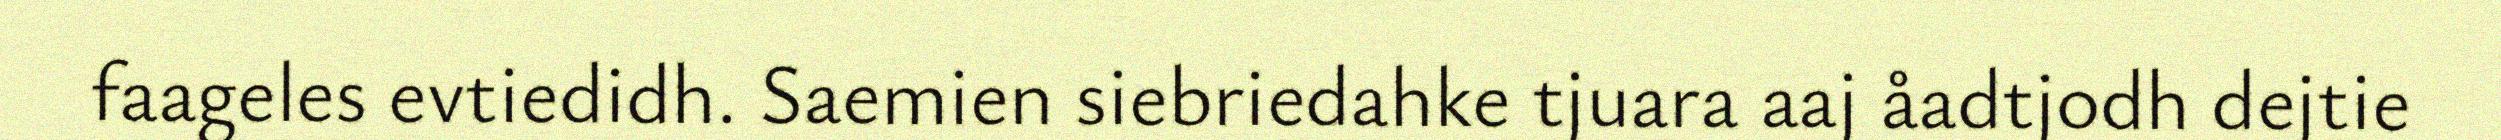
faageles evtiedidh. Saemien siebriedahke tjuara aaj åadtjodh dejtie